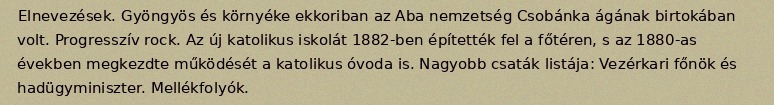
Elnevezések. Gyöngyös és környéke ekkoriban az Aba nemzetség Csobánka ágának birtokában volt. Progresszív rock. Az új katolikus iskolát 1882-ben építették fel a főtéren, s az 1880-as években megkezdte működését a katolikus óvoda is. Nagyobb csaták listája: Vezérkari főnök és hadügyminiszter. Mellékfolyók.